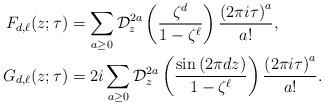
LaTeX: \begin{align*}F_{d,\ell}(z;\tau)&=\sum_{a\geq0} \mathcal{D}_z^{2a}\left(\frac{\zeta^d}{1-\zeta^\ell}\right)\frac{\left(2\pi i\tau\right)^a}{a!},\\G_{d,\ell}(z;\tau)&=2i\sum_{a\geq 0}\mathcal{D}_z^{2a}\left(\frac{\sin\left(2\pi dz\right)}{1-\zeta^\ell}\right)\frac{\left(2\pi i\tau\right)^a}{a!}.\end{align*}